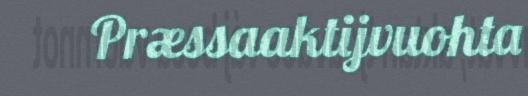
Præssaaktijvuohta